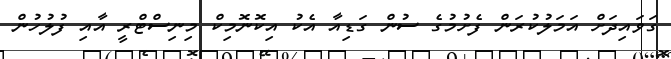
ގަވައިދަށް އަމަލުކުރަން ފެށުމުގެ ސުން ގަޑިއާ އެކު އިކޮނޮމިކް މިނިސްޓްރީ އާއި ފުލުހުން